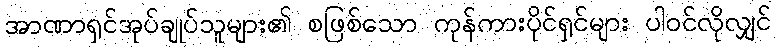
အာဏာရှင်အုပ်ချုပ်သူများ၏ စဖြစ်သော ကုန်ကားပိုင်ရှင်များ ပါဝင်လိုလျှင်